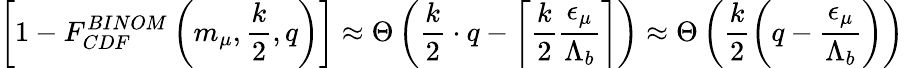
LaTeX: \left[1-F_{CDF}^{BINOM}\left(m_{\mu},\frac{k}{2},q\right)\right]\approx\Theta\left(\frac{k}{2}\cdot q-\left\lceil\frac{k}{2}\frac{{\epsilon}_{\mu}}{{\Lambda}_{b}}\right\rceil\right)\approx\Theta\left(\frac{k}{2}\left(q-\frac{{\epsilon}_{\mu}}{{\Lambda}_{b}}\right)\right)